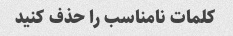
کلمات نامناسب را حذف کنید